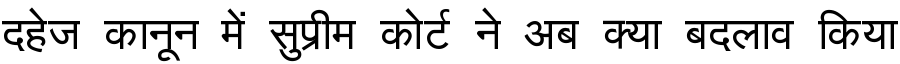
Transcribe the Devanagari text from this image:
दहेज कानून में सुप्रीम कोर्ट ने अब क्या बदलाव किया